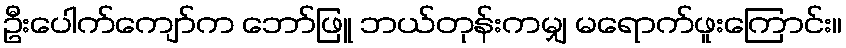
ဦးပေါက်ကျော်က ဘော်ဖြူ ဘယ်တုန်းကမျှ မရောက်ဖူးကြောင်း။